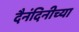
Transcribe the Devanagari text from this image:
दैनंदिनीच्या